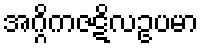
အဂ္ဂိကဇဋိလဥပမာ